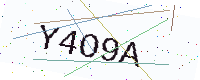
Text: Y4O9A